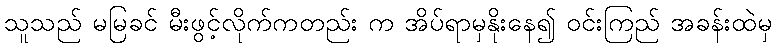
သူသည် မမြခင် မီးဖွင့်လိုက်ကတည်း က အိပ်ရာမှနိုးနေ၍ ဝင်းကြည် အခန်းထဲမှ